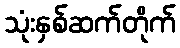
သုံးနှစ်ဆက်တိုက်